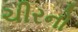
ચીરનો